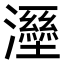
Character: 𤃁